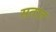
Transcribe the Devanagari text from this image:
सतात